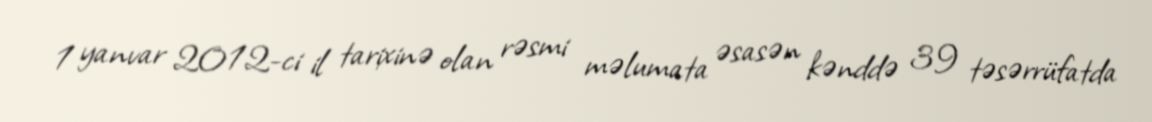
1 yanvar 2012-ci il tarixinə olan rəsmi məlumata əsasən kənddə 39 təsərrüfatda